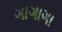
ગાગાગા